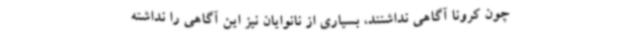
چون کرونا آگاهی نداشتند، بسیاری از نانوایان نیز این آگاهی را نداشته